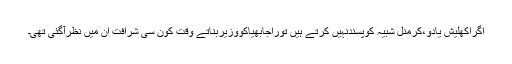
اگراکھلیش یادو،کرمنل شبیہ کوپسندنہیں کرتے ہیں توراجابھیاکووزیربناتے وقت کون سی شرافت ان میں نظرآگئی تھی۔